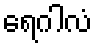
ရေဂါလံ